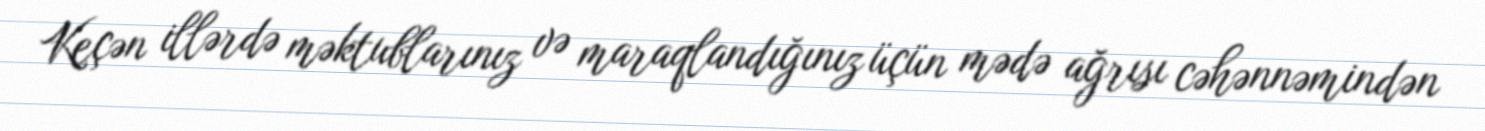
Keçən illərdə məktublarınız və maraqlandığınız üçün mədə ağrısı cəhənnəmindən